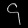
Digit: ၄